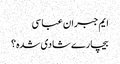
ایم جبران عباسی
بیچارے شادی شدہ؟